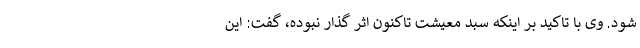
شود. وی با تاکید بر اینکه سبد معیشت تاکنون اثر گذار نبوده، گفت: این